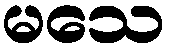
မသေ